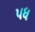
પધ